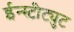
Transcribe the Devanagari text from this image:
ईन्स्टीट्युट